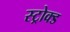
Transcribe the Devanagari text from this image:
स्ट्रोक्ड